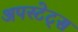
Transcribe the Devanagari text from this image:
अपस्टेट्स